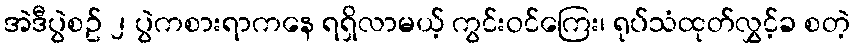
အဲဒီပွဲစဥ် ၂ ပွဲကစားရာကနေ ရရှိလာမယ့် ကွင်းဝင်ကြေး၊ ရုပ်သံထုတ်လွှင့်ခ စတဲ့